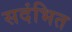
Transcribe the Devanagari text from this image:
सदंभित